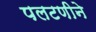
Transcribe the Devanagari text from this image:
पलटणीने